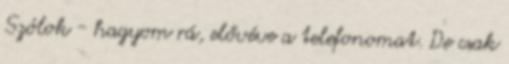
Szólok - hagyom rá, elővéve a telefonomat. De csak